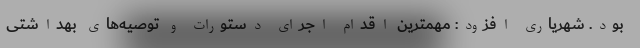
بود. شهریاری افزود: مهمترین اقدام اجرای دستورات و توصیه‌های بهداشتی